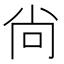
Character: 尙